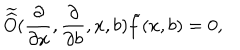
LaTeX: \widetilde { \widehat { O } } ( \frac { \partial } { \partial x } , \frac { \partial } { \partial b } , x , b ) \widetilde { f } ( x , b ) = 0 ,